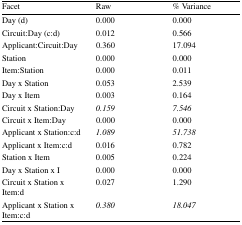
<table><thead><tr><td><b>Facet</b></td><td><b>Raw</b></td><td><b>% Variance</b></td></tr></thead><tbody><tr><td>Day (d)</td><td>0.000</td><td>0.000</td></tr><tr><td>Circuit:Day (c:d)</td><td>0.012</td><td>0.566</td></tr><tr><td>Applicant:Circuit:Day</td><td>0.360</td><td>17.094</td></tr><tr><td>Station</td><td>0.000</td><td>0.000</td></tr><tr><td>Item:Station</td><td>0.000</td><td>0.011</td></tr><tr><td>Day x Station</td><td>0.053</td><td>2.539</td></tr><tr><td>Day x Item</td><td>0.003</td><td>0.164</td></tr><tr><td>Circuit x Station:Day</td><td><i>0.159</i></td><td><i>7.546</i></td></tr><tr><td>Circuit x Item:Day</td><td>0.000</td><td>0.000</td></tr><tr><td>Applicant x Station:c:d</td><td><i>1.089</i></td><td><i>51.738</i></td></tr><tr><td>Applicant x Item:c:d</td><td>0.016</td><td>0.782</td></tr><tr><td>Station x Item</td><td>0.005</td><td>0.224</td></tr><tr><td>Day x Station x I</td><td>0.000</td><td>0.000</td></tr><tr><td>Circuit x Station x Item:d</td><td>0.027</td><td>1.290</td></tr><tr><td>Applicant x Station x Item:c:d</td><td><i>0.380</i></td><td><i>18.047</i></td></tr></tbody></table>